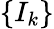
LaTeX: \{ I_{k}\}